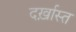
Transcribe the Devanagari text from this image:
दर्ख़ास्त